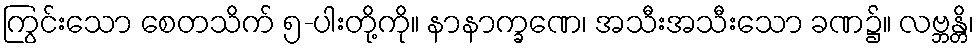
ကြွင်းသော စေတသိက် ၅-ပါးတို့ကို။ နာနာက္ခဏေ၊ အသီးအသီးသော ခဏ၌။ လဗ္ဘန္တိ၊